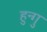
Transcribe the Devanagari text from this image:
हुन्गु